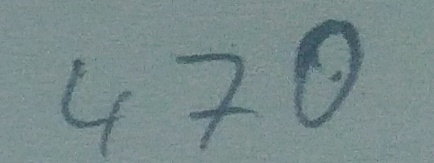
Text: 470